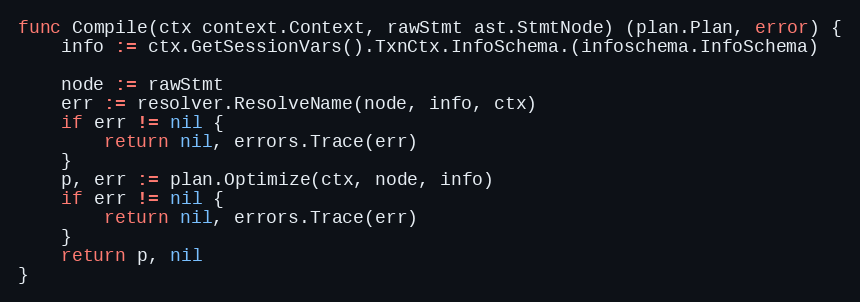
Language: Go
func Compile(ctx context.Context, rawStmt ast.StmtNode) (plan.Plan, error) {
	info := ctx.GetSessionVars().TxnCtx.InfoSchema.(infoschema.InfoSchema)

	node := rawStmt
	err := resolver.ResolveName(node, info, ctx)
	if err != nil {
		return nil, errors.Trace(err)
	}
	p, err := plan.Optimize(ctx, node, info)
	if err != nil {
		return nil, errors.Trace(err)
	}
	return p, nil
}